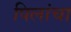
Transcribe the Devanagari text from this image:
पिलांचा